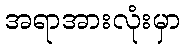
အရာအားလုံးမှာ